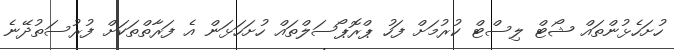
ހުށަހެޅުންތައް ޝޯޓް ލިސްޓް ކުުރުމަށް ފަހު ޕްރޮޕޯސަލްތައް ހުށަހަޅަން އެ ފަރާތްތަކަށް ފުރުސަތުދޭނެ